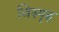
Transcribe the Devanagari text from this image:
विस्पृह